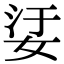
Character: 𡜡